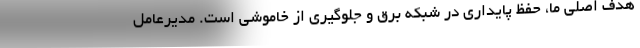
هدف اصلی ما، حفظ پایداری در شبکه برق و جلوگیری از خاموشی است. مدیرعامل